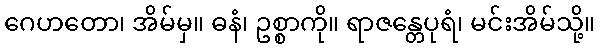
ဂေဟတော၊ အိမ်မှ။ ဓနံ၊ ဥစ္စာကို။ ရာဇန္တေပုရံ၊ မင်းအိမ်သို့။